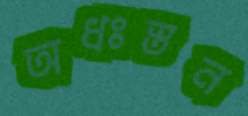
অধঃস্তন